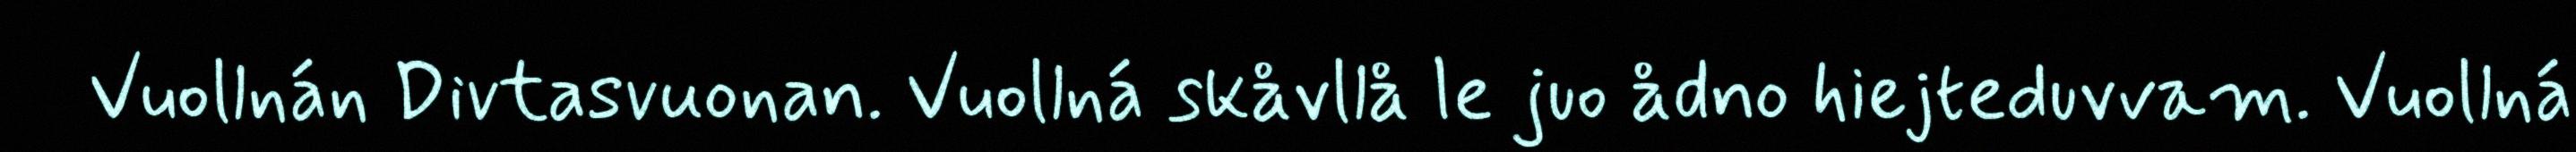
Vuollnán Divtasvuonan. Vuollná skåvllå le juo ådno hiejteduvvam. Vuollná